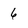
Character: 6